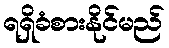
ရရှိခံစားနိုင်မည်